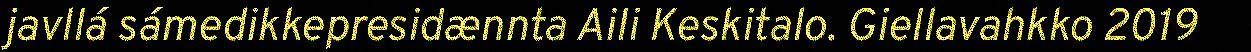
javllá sámedikkepresidænnta Aili Keskitalo. Giellavahkko 2019